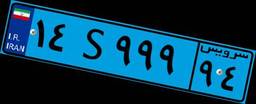
۸۹S۱۱۴۲۶